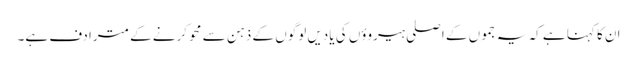
ان کا کہنا ہے کہ یہ جموں کے اصلی ہیروؤں کی یادیں لوگوں کے ذہن سے محو کرنے کے مترادف ہے۔